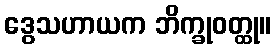
ဒွေသဟာယက ဘိက္ခုဝတ္ထု။